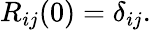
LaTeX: \begin{array}{r}{R_{ij}(0)=\delta_{ij}.}\end{array}